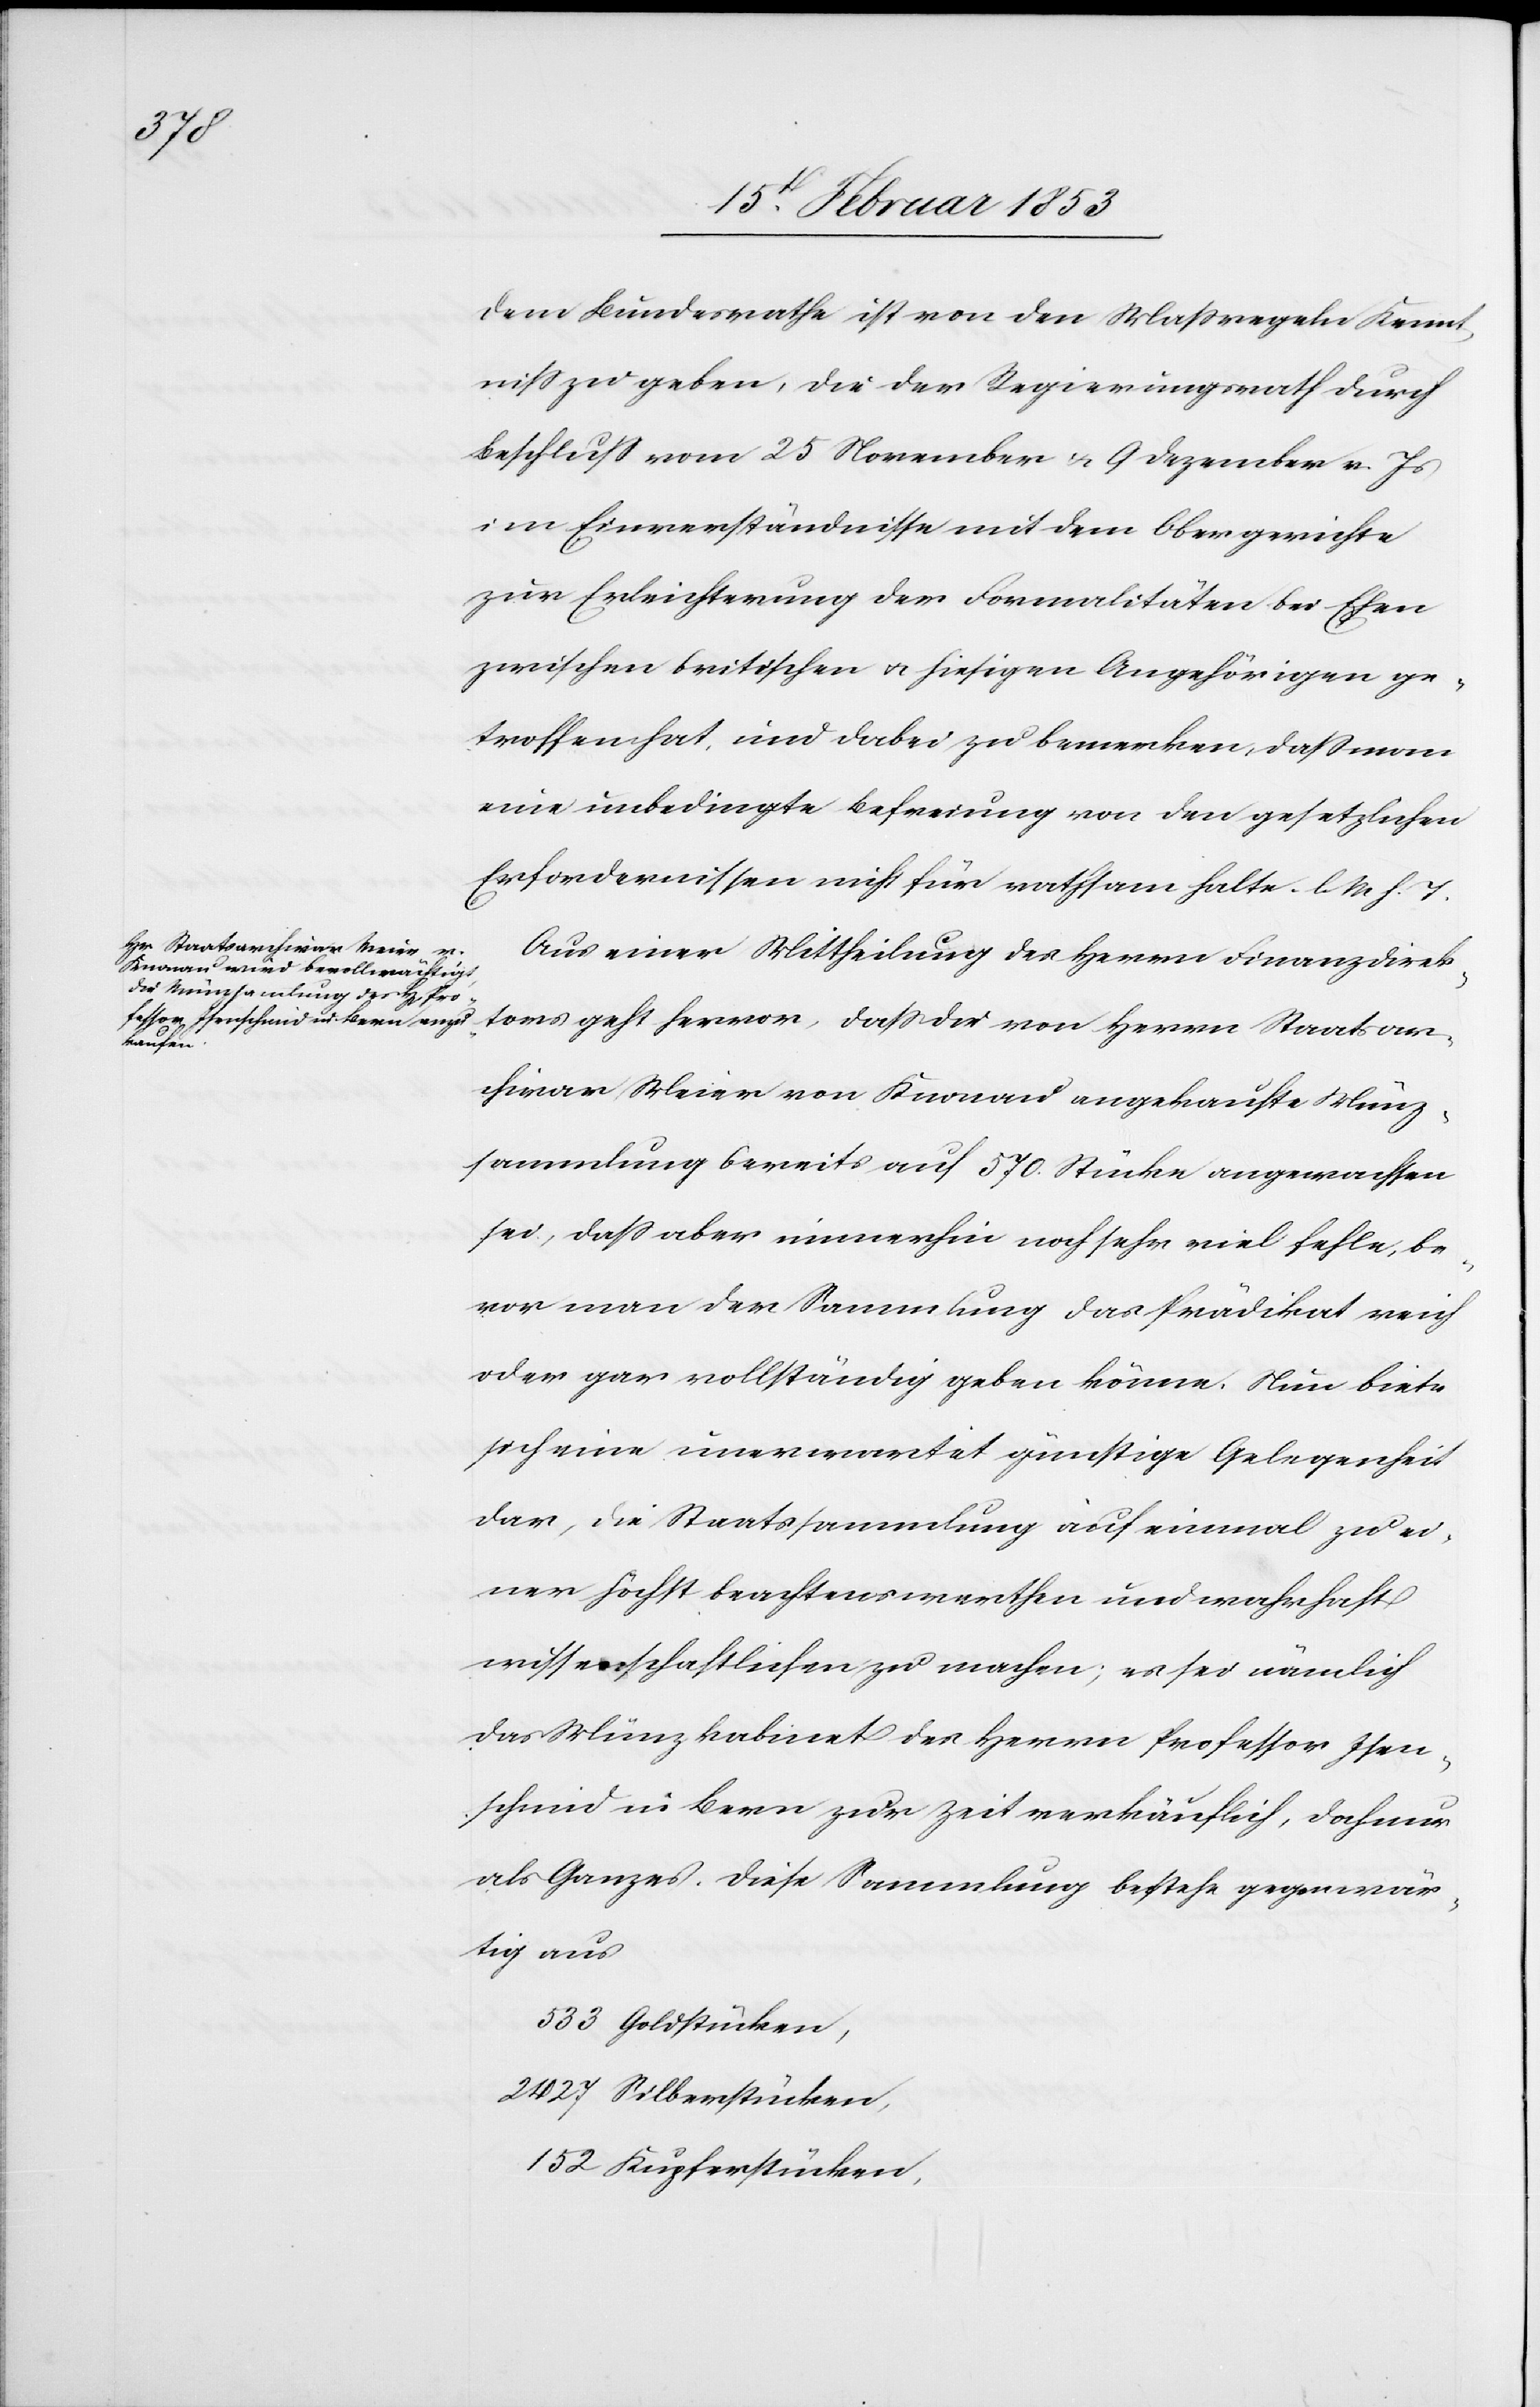
Dem Bundesrathe ist von den Maßregeln Kennt¬
niß zu geben, die der Regierungsrath durch
Beschluß vom 25 November u. 9 Dezember v. Js.
im Einverständnisse mit dem Obergerichte
zur Erleichterung der Formalitäten bei Ehen
zwischen britischen u. hiesigen Angehörigen ge¬
troffen hat, und dabei zu bemerken, daß man
eine unbedingte Befreiung von den gesetzlichen
Erfordernissen nicht für rathsam halte. l. M. h. T
Aus einer Mittheilung des Herrn Finanzdirek¬
tors geht hervor, daß die von Herrn Staatsar¬
chivar Meier von Konrad angekaufte Münz¬
sammlung bereits auf 570 Stücke angewachsen
sei, daß aber immerhin noch sehr viel fehle, be¬
vor man der Sammlung das Prädikat reich
oder gar vollständig geben könnte. Neu biete
sich eine unerwartete günstige Gelegenheit
dar, die Staatssammlung auf einmal zu ei¬
ner höchst beachtenswerthen und wahrhaft
wissenschaftlichen zu machen; es sei nämlich
das Münzkabinet des Herrn Professor Isen¬
schmid in Bern zur Zeit verkäuflich, doch nur
als Ganzes. Diese Sammlung bestehe gegenwär¬
tig aus
533 Goldstücken,
2427 Silberstücken,
152 Kupferstücken,